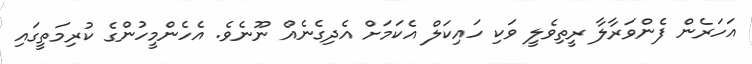
އަހަރެން ފެންވަރާލާ ރީތިވެލީ ވަކި ހައިކަލް އެކަމަށް އެދިގެނެއް ނޫނެވެ. އެހެންމީހުންގެ ކުރިމަތީގައި